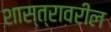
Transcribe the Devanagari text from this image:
शास्त्रावरील